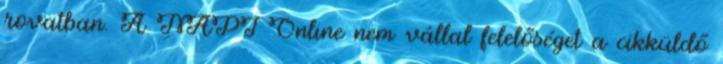
rovatban. A NAPI Online nem vállal felelőséget a cikküldő